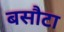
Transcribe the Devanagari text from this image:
बसौटा